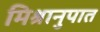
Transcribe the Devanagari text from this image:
मिश्रानुपात